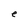
Character: e